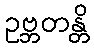
ဥဗ္ဘတန္တိ